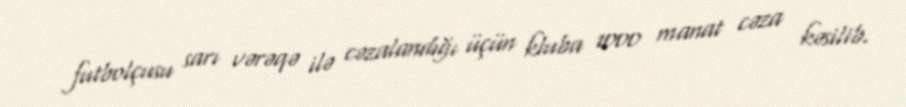
futbolçusu sarı vərəqə ilə cəzalandığı üçün kluba 1000 manat cəza kəsilib.